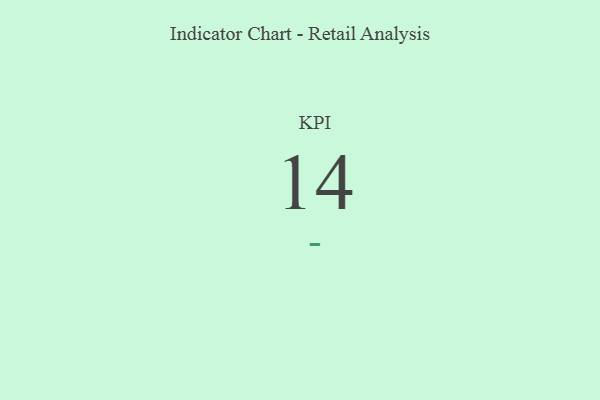
{"axis": {"x": "KPI", "y": "Value"}, "legend": [""], "data": [{"x": "KPI", "y": 14, "type": ""}]}